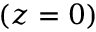
( z = 0 )